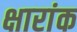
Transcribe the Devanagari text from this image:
क्षारांक